Insane asylums in Bengal annual reports 1876-1887 - 1876-1887
Year: 1876
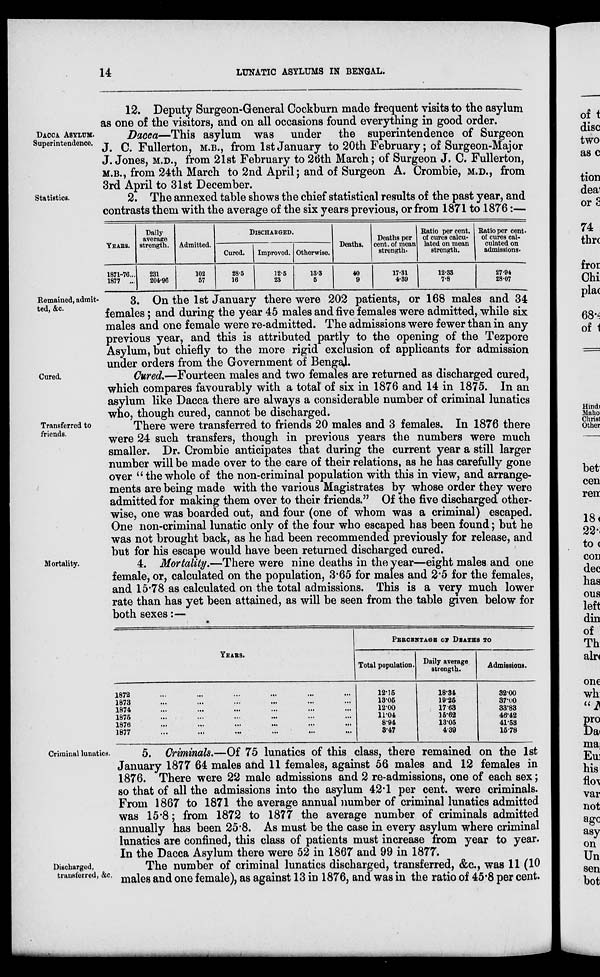
14
LUNATIC ASYLUMS IN BENGAL.
12. Deputy Surgeon-General Cockburn made frequent visits to the asylum
as one of the visitors, and on all occasions found everything in good order.
DACCA ASYLUM.
Superintendence.
Dacca—This asylum was under the superintendence of Surgeon
J. C. Fullerton, M.B., from 1st January to 20th February; of Surgeon-Major
J. Jones, M.D., from 21st February to 26th March; of Surgeon J. C. Fullerton,
M.B., from 24th March to 2nd April; and of Surgeon A. Crombie, M.D., from
3rd April to 31st December.
Statistics.
2. The annexed table shows the chief statistical results of the past year, and
contrasts them with the average of the six years previous, or from 1871 to 1876:—
YEARS.
1871-76 ...
1877 ...
Daily
average
strength.
231
204.96
Admitted.
102
57
DISCHARGED.
Cured.
28.5
16
Improved.
12.5
23
Otherwise.
13.3
5
Deaths.
40
9
Deaths per
cent. of mean
strength.
17.31
4.39
Ratio per cent.
of cures calcu-
lated on mean
strength.
12.33
7.8
Ratio per cent.
of cures cal-
culated on
admissions.
27.94
28.07
Remained, admit-
ted, &c.
3. On the 1st January there were 202 patients, or 168 males and 34
females; and during the year 45 males and five females were admitted, while six
males and one female were re-admitted. The admissions were fewer than in any
previous year, and this is attributed partly to the opening of the Tezpore
Asylum, but chiefly to the more rigid exclusion of applicants for admission
under orders from the Government of Bengal.
Cured.
Cured.—Fourteen males and two females are returned as discharged cured,
which compares favourably with a total' of six in 1876 and 14 in 1875. In an
asylum like Dacca there are always a considerable number of criminal lunatics
who, though cured, cannot be discharged.
Transferred to
friends.
There were transferred to friends 20 males and 3 females. In 1876 there
were 24 such transfers, though in previous years the numbers were much
smaller. Dr. Crombie anticipates that during the current year a still larger
number will be made over to the care of their relations, as he has carefully gone
over " the whole of the non-criminal population with this in view, and arrange-
ments are being made with the various Magistrates by whose order they were
admitted for making them over to their friends." Of the five discharged other-
wise, one was boarded out, and four (one of whom was a criminal) escaped.
One non-criminal lunatic only of the four who escaped has been found; but he
was not brought back, as he had been recommended previously for release, and
but for his escape would have been returned discharged cured.
Mortality.
4. Mortality.—There were nine deaths in the year—eight males and one
female, or, calculated on the population, 3.65 for males and 2.5 for the females,
and 15.78 as calculated on the total admissions. This is a very much lower
rate than has yet been attained, as will be seen from the table given below for
both sexes:—
YEARS.
1872 ... ... ... ... ... ...
1873
...
...
...
...
... ...
1874
...
...
...
...
...
1875
...
...
...
...
...
....
1876
...
...
...
...
...
...
1877
...
...
...
...
...
...
PERCENTAGE OF DEATHS TO
Total population.
12.15
13.05
12.00
11.04
8.94
3.47
Daily average
strength.
18.34
19.25
17.63
15.62
13.05
4.39
Admissions.
32.00
37.00
33.83
46.42
41.53
15.78
Criminal lunatics.
5. Criminals.—Of 75 lunatics of this class, there remained on the 1st
January 1877 64 males and 11 females, against 56 males and 12 females in
1876. There were 22 male admissions and 2 re-admissions, one of each sex;
so that of all the admissions into the asylum 42.1 per cent. were criminals.
From 1867 to 1871 the average annual number of criminal lunatics admitted
was 15.8; from 1872 to 1877 the average number of criminals admitted
annually has been 25.8. As must be the case in every asylum where criminal
lunatics are confined, this class of patients must increase from year to year.
In the Dacca Asylum there were 52 in 1867 and 99 in 1877.
Discharged,
transferred, &c.
The number of criminal lunatics discharged, transferred, &c., was 11 (10
males and one female), as against 13 in 1876, and was in the ratio of 45.8 per cent.